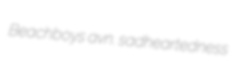
Beachboys avn. sadheartedness